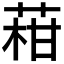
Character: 𦴑